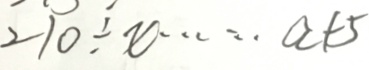
2 1 0 \div x \cdots a + 5